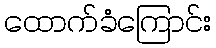
ထောက်ခံကြောင်း